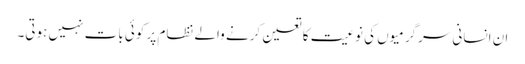
ان انسانی سرگرمیوں کی نوعیت کا تعین کرنے والے نظام پر کوئی بات نہیں ہوتی۔